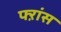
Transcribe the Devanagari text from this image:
फ्ऱांस